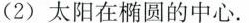
(2)太阳在椭圆的中心。